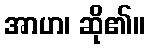
အာဟ၊ ဆို၏။